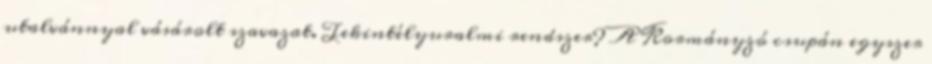
utalvánnyal vásárolt szavazat. Tekintélyuralmi rendszer? A Kormányzó csupán egyszer